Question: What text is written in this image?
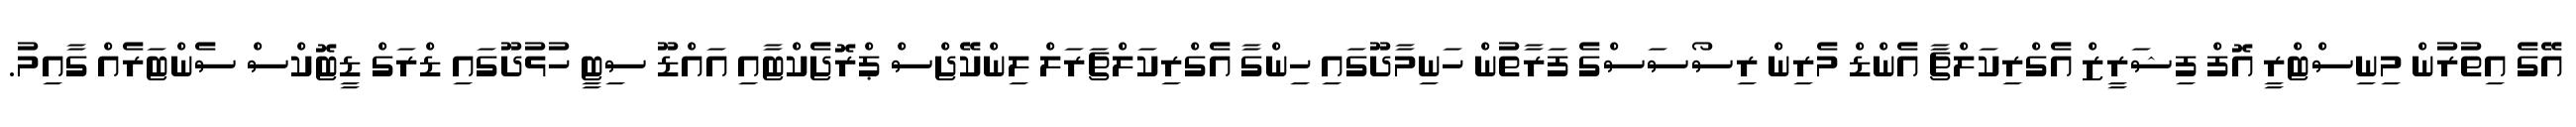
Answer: އޭގެ އިތުރުން މިނިސްޓްރީ އޮފް ފިޝަރީޒް އެގްރިކަލްޗާ އެންޑް މެރިން ރިސޯސަސްގެ ފަރާތުން ހަނިމާދޫގައި ހިންގާ އެގްރިކަލްޗަރަލް ލިންކޭޖްސް ޕްރޮޖެކްޓާއި އައްޑޫ ސިޓީ ހުޅުދޫގައި ޑްރަގް ޑީޓޮކްސް ސެންޓަރެއް ގާއިމު.